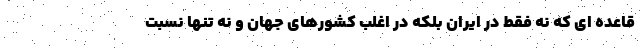
قاعده ای که نه فقط در ایران بلکه در اغلب کشورهای جهان و نه تنها نسبت